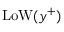
\mathrm { L o W } ( y ^ { + } )